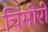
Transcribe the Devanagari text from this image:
चिमीरी